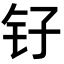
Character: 𫓦